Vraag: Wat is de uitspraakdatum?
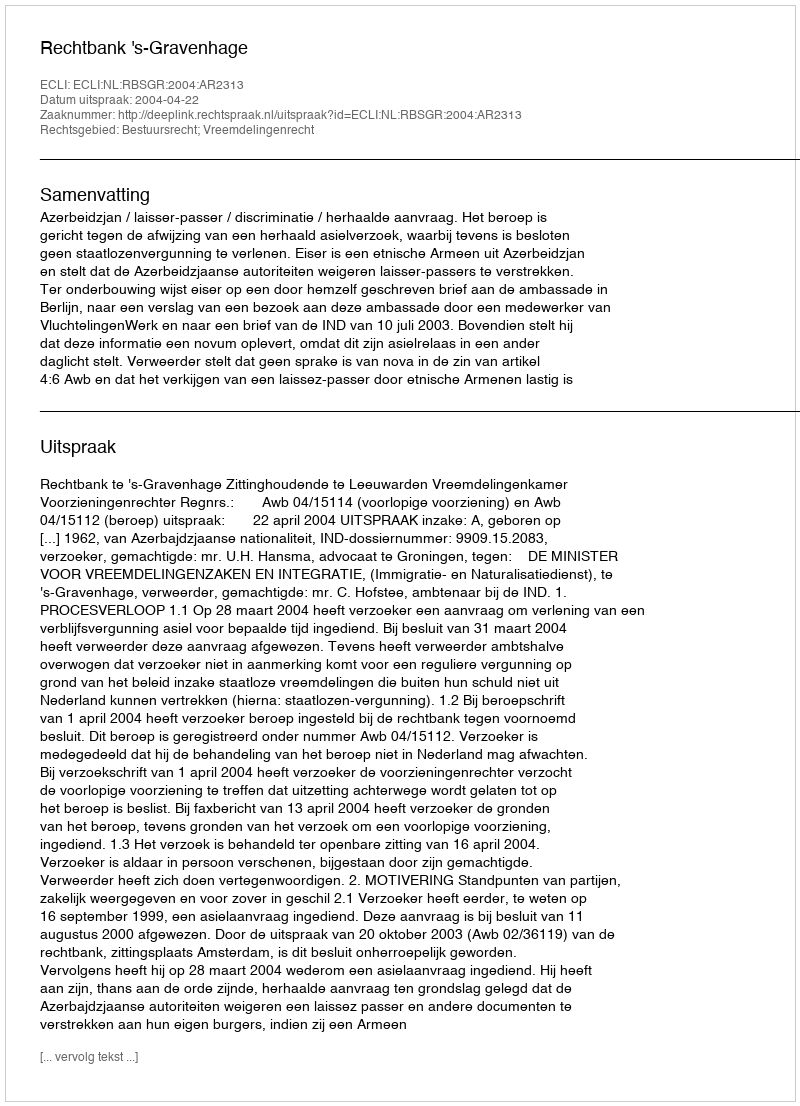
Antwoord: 2004-04-22